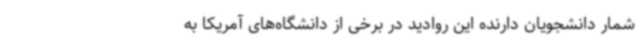
شمار دانشجویان دارنده این روادید در برخی از دانشگاه‌های آمریکا به